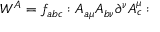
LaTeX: W ^ { A } = f _ { a b c } : A _ { a \mu } A _ { b \nu } \partial ^ { \nu } A _ { c } ^ { \mu } :